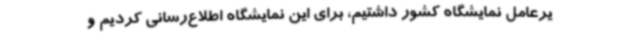
یرعامل نمایشگاه کشور داشتیم، برای این نمایشگاه اطلاع‌رسانی کردیم و